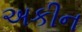
અકીન